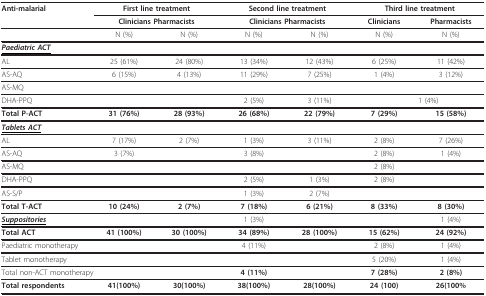
| Anti-malarial | <COLSPAN=2> First line treatment | <COLSPAN=2> Second line treatment | <COLSPAN=2> Third line treatment |
 |  | <COLSPAN=2> Clinicians Pharmacists | <COLSPAN=2> Clinicians Pharmacists | Clinicians | Pharmacists |
 | --- | --- | --- | --- | --- | --- | --- |
 |  | N (%) | N (%) | N (%) | N (%) | N (%) | N (%) |
 | <underline>Paediatric ACT</underline> |  |  |  |  |  |  |
 | AL | 25 (61%) | 24 (80%) | 13 (34%) | 12 (43%) | 6 (25%) | 11 (42%) |
 | AS-AQ | 6 (15%) | 4 (13%) | 11 (29%) | 7 (25%) | 1 (4%) | 3 (12%) |
 | AS-MQ |  |  |  |  |  |  |
 | DHA-PPQ |  |  | 2 (5%) | 3 (11%) |  | 1 (4%) |
 | Total P-ACT | 31 (76%) | 28 (93%) | 26 (68%) | 22 (79%) | 7 (29%) | 15 (58%) |
 | <underline>Tablets ACT</underline> |  |  |  |  |  |  |
 | AL | 7 (17%) | 2 (7%) | 1 (3%) | 3 (11%) | 2 (8%) | 7 (26%) |
 | AS-AQ | 3 (7%) |  | 3 (8%) |  | 2 (8%) | 1 (4%) |
 | AS-MQ |  |  |  |  | 2 (8%) |  |
 | DHA-PPQ |  |  | 2 (5%) | 1 (3%) | 2 (8%) |  |
 | AS-S/P |  |  | 1 (3%) | 2 (7%) |  |  |
 | Total T-ACT | 10 (24%) | 2 (7%) | 7 (18%) | 6 (21%) | 8 (33%) | 8 (30%) |
 | <underline>Suppositories</underline> |  |  | 1 (3%) |  |  | 1 (4%) |
 | Total ACT | 41 (100%) | 30 (100%) | 34 (89%) | 28 (100%) | 15 (62%) | 24 (92%) |
 | <COLSPAN=2> Paediatric monotherapy |  | 4 (11%) |  | 2 (8%) | 1 (4%) |
 | <COLSPAN=2> Tablet monotherapy |  |  |  | 5 (20%) | 1 (4%) |
 | <COLSPAN=2> Total non-ACT monotherapy |  | 4 (11%) |  | 7 (28%) | 2 (8%) |
 | Total respondents | 41(100%) | 30(100%) | 38(100%) | 28(100%) | 24 (100) | 26(100% |